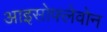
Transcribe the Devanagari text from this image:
आइसोफ्लेवोन